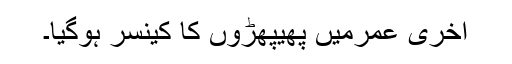
آخری عمرمیں پھیپھڑوں کا کینسر ہوگیا۔